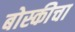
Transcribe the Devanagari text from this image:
बोस्कीचा